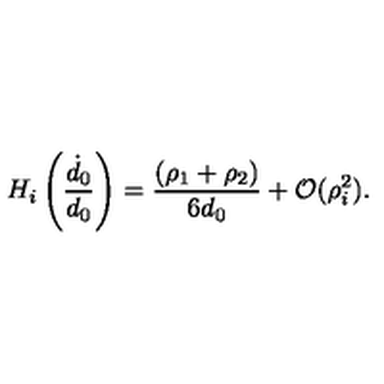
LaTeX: H _ { i } \left( \frac { \dot { d } _ { 0 } } { d _ { 0 } } \right) = \frac { ( \rho _ { 1 } + \rho _ { 2 } ) } { 6 d _ { 0 } } + { \cal O } ( \rho _ { i } ^ { 2 } ) .